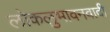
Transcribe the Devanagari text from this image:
लोकलुभावनवादी